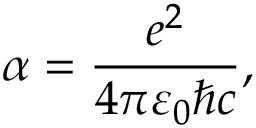
\alpha = { \frac { e ^ { 2 } } { 4 \pi \varepsilon _ { 0 } \hbar c } } ,